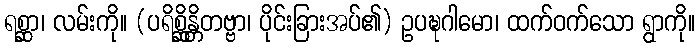
ရစ္ဆာ၊ လမ်းကို။ (ပရိစ္ဆိန္တိတဗ္ဗာ၊ ပိုင်းခြားအပ်၏) ဥပဍ္ဎဂါမော၊ ထက်ဝက်သော ရွာကို။